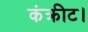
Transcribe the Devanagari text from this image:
कंक्रीट।